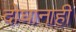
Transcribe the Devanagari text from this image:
दोघानाही